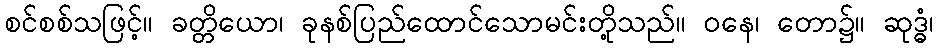
စင်စစ်သဖြင့်။ ခတ္တိယော၊ ခုနစ်ပြည်ထောင်သောမင်းတို့သည်။ ဝနေ၊ တော၌။ ဆုဒ္ဓံ၊